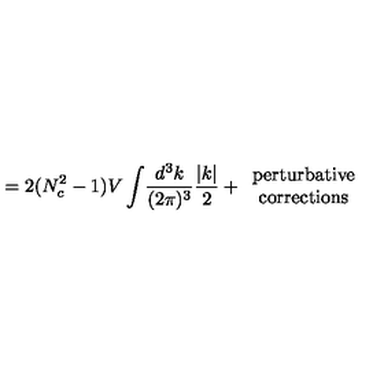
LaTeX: = 2 ( N _ { c } ^ { 2 } - 1 ) V \int \! \frac { d ^ { 3 } k } { ( 2 \pi ) ^ { 3 } } \frac { | k | } { 2 } + \begin{array} { c } { \mathrm { p e r t u r b a t i v e } } \\ { \mathrm { c o r r e c t i o n s } } \\ \end{array}